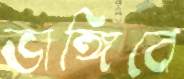
ভাঙ্গিবে